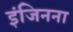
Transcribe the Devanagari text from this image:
इंजिनना